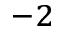
^ { - 2 }